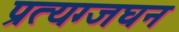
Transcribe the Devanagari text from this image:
प्रत्यग्जघन